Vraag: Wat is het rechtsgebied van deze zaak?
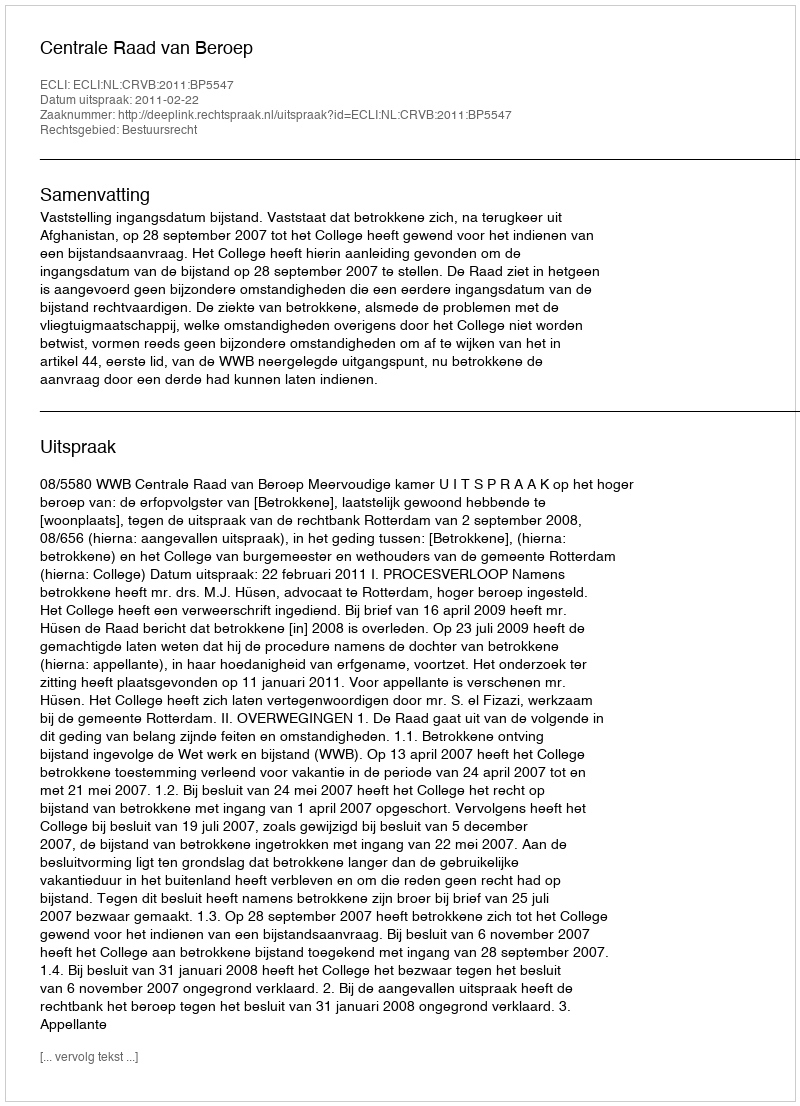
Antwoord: Bestuursrecht